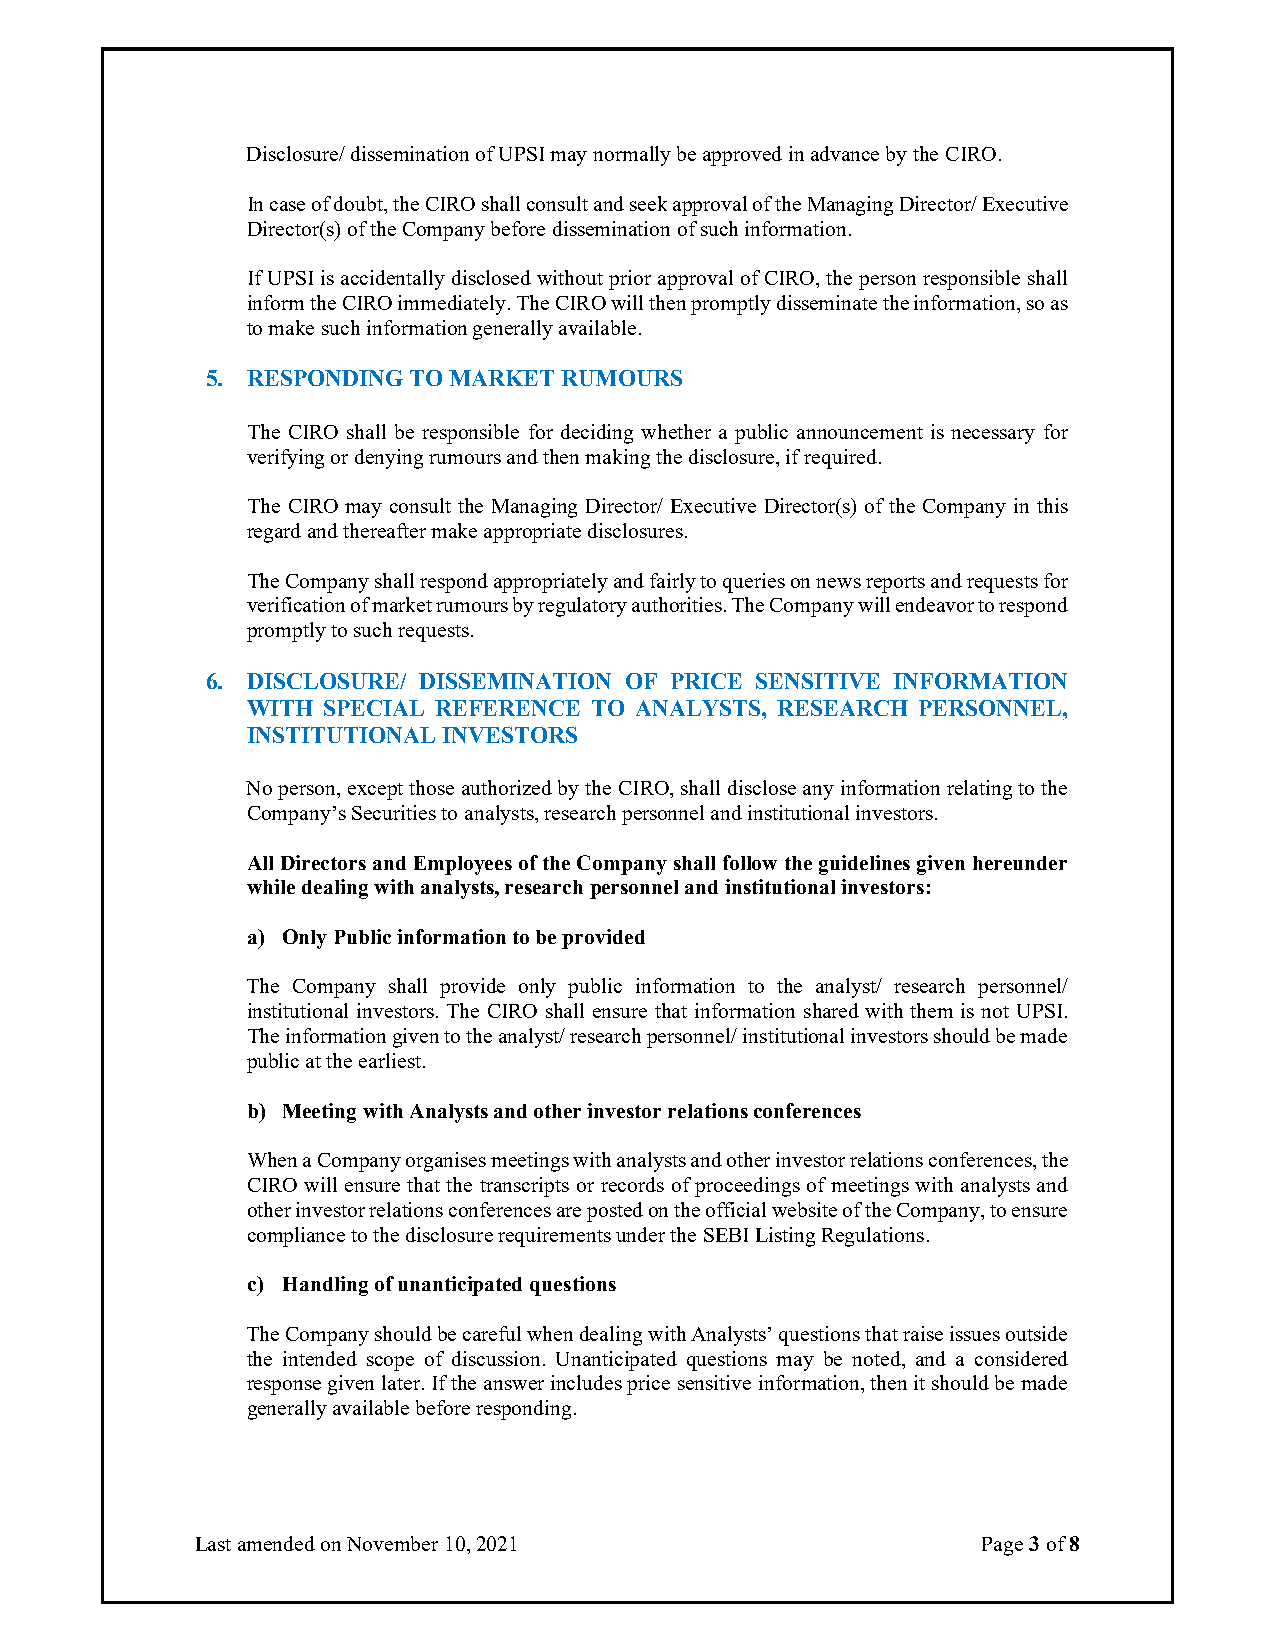
Disclosure/ dissemination of UPSI may normally be approved in advance by the CIRO.
 In case of doubt, the CIRO shall consult and seek approval of the Managing Director/ Executive
 Director(s) of the Company before dissemination of such information.
 If UPSI is accidentally disclosed without prior approval of CIRO, the person responsible shall
 inform the CIRO immediately. The CIRO will then promptly disseminate the information, so as
 to make such information generally available.
 5. RESPONDING TO MARKET RUMOURS
 The CIRO shall be responsible for deciding whether a public announcement is necessary for
 verifying or denying rumours and then making the disclosure, if required.
 The CIRO may consult the Managing Director/ Executive Director(s) of the Company in this
 regard and thereafter make appropriate disclosures.
 The Company shall respond appropriately and fairly to queries on news reports and requests for
 verification of market rumours by regulatory authorities. The Company will endeavor to respond
 promptly to such requests.
 6. DISCLOSURE/ DISSEMINATION OF PRICE SENSITIVE INFORMATION
 WITH SPECIAL REFERENCE TO ANALYSTS, RESEARCH PERSONNEL,
 INSTITUTIONAL INVESTORS
 No person, except those authorized by the CIRO, shall disclose any information relating to the
 Company’s Securities to analysts, research personnel and institutional investors.
 All Directors and Employees of the Company shall follow the guidelines given hereunder
 while dealing with analysts, research personnel and institutional investors:
 a) Only Public information to be provided
 The Company shall provide only public information to the analyst/ research personnel/
 institutional investors. The CIRO shall ensure that information shared with them is not UPSI.
 The information given to the analyst/ research personnel/ institutional investors should be made
 public at the earliest.
 b) Meeting with Analysts and other investor relations conferences
 When a Company organises meetings with analysts and other investor relations conferences, the
 CIRO will ensure that the transcripts or records of proceedings of meetings with analysts and
 other investor relations conferences are posted on the official website of the Company, to ensure
 compliance to the disclosure requirements under the SEBI Listing Regulations.
 c) Handling of unanticipated questions
 The Company should be careful when dealing with Analysts’ questions that raise issues outside
 the intended scope of discussion. Unanticipated questions may be noted, and a considered
 response given later. If the answer includes price sensitive information, then it should be made
 generally available before responding.
 Last amended on November 10, 2021                   Page 3 of 8